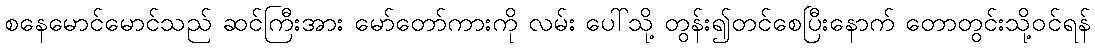
စနေမောင်မောင်သည် ဆင်ကြီးအား မော်တော်ကားကို လမ်း ပေါ်သို့ တွန်း၍တင်စေပြီးနောက် တောတွင်းသို့ဝင်ရန်